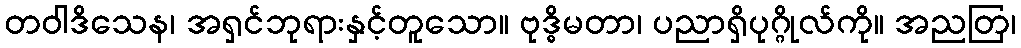
တဝါဒိသေန၊ အရှင်ဘုရားနှင့်တူသော။ ဗုဒ္ဓိမတာ၊ ပညာရှိပုဂ္ဂိုလ်ကို။ အညတြ၊